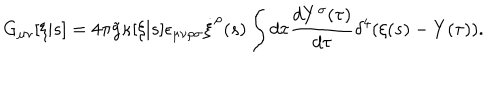
G _ { \mu \nu } [ \xi | s ] = 4 \pi { \tilde { g } } \kappa [ \xi | s ] \epsilon _ { \mu \nu \rho \sigma } \dot { \xi } ^ { \rho } ( s ) \int d \tau \frac { d Y ^ { \sigma } ( \tau ) } { d \tau } \delta ^ { 4 } ( \xi ( s ) - Y ( \tau ) ) .